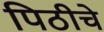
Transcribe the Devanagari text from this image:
पिठीचे